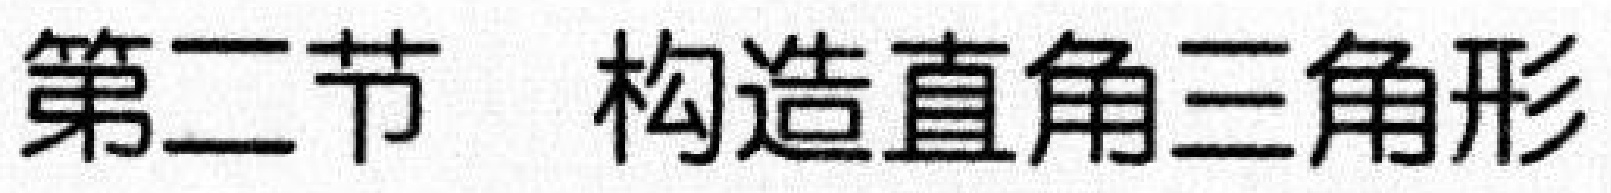
第二节 构造直角三角形